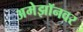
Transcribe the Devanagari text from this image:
अमेझॉनवर